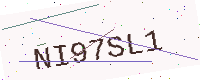
Text: NI97SL1